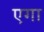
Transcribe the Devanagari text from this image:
एगा